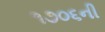
૧૭૦૬ની